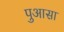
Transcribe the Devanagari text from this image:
पुआसा